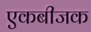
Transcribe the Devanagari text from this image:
एकबीजक